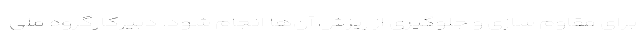
برای مقاوم سازی و جلوگیری از ریزش‌ آن‌ها انجام شود. دبیرکارگروه ملی